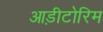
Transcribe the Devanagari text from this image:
आड़ीटोरिम